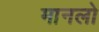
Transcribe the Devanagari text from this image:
मानलो